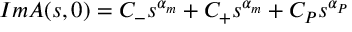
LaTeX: { \cal I } m { \cal A } ( s , 0 ) = C _ { - } s ^ { \alpha _ { m } } + C _ { + } s ^ { \alpha _ { m } } + C _ { P } s ^ { \alpha _ { P } }